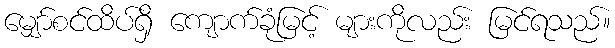
မျှော်စင်ထိပ်ရှိ ကျောက်ခုံမြင့် များကိုလည်း မြင်ရသည်။